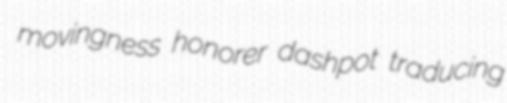
movingness honorer dashpot traducing